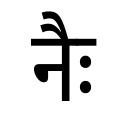
OCR:
नैः